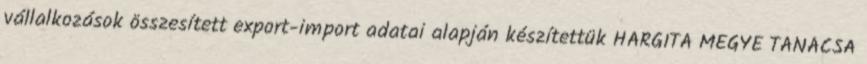
vállalkozások összesített export-import adatai alapján készítettük HARGITA MEGYE TANÁCSA